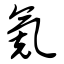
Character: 氪